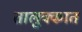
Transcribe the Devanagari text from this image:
तालुक्कात